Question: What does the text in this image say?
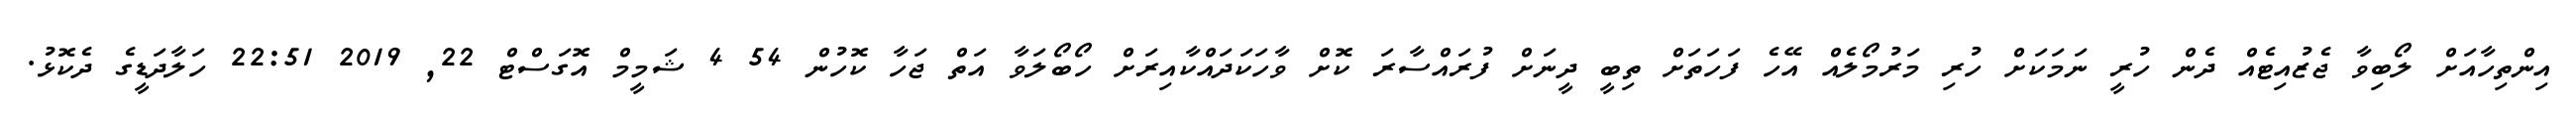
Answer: އިންތިހާއަށް ލޯބިވާ ޖެޒުއިޓެއް ދެން ހުރީ ނަމަކަށް ހުރި މަރުމޯލެއް އޭހެ ފަހަތަށް ތިބީ ދީނަށް ފުރައްސާރަ ކޮށް ވާހަކަދައްކާއިރަށް ހޯބޯލަވާ އަތް ޖަހާ ކޮހުން 54 4 ޝަމީމް އޮގަސްޓް 22, 2019 22:51 ހަލާދަޑީގެ ދެކޮޅު.